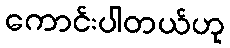
ကောင်းပါတယ်ဟု